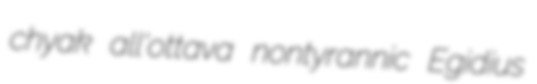
chyak all'ottava nontyrannic Egidius